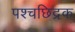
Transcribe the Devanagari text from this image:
पश्चछिद्रक